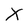
Character: X